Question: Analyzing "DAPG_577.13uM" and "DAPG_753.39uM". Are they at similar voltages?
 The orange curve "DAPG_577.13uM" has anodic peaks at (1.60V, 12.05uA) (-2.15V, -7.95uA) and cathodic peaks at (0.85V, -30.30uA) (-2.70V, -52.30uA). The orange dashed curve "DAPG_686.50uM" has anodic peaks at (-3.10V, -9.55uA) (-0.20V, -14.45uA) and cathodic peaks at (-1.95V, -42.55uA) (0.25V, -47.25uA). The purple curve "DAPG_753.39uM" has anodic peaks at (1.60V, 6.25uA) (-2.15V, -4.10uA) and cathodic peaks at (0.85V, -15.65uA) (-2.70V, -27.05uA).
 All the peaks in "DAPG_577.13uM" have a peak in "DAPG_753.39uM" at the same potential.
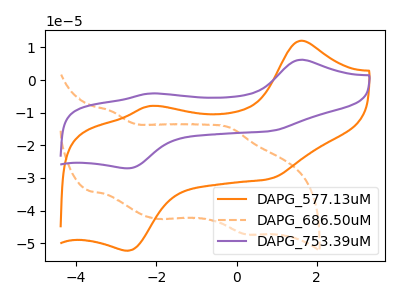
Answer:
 <answer>"DAPG_577.13uM" and "DAPG_753.39uM" are similar in shape.</answer>
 <eval>same_shape</eval>